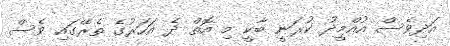
އަދިވެސް އުއްމީދު ކުރަނީ ބާކީ މި އޮތް ދެ އަހަރުގެ ތެރޭގައި ވެސް